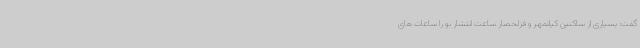
گفت: بسیاری از ساکنین کیانمهر و قزلحصار ساعت انتشار بو را ساعات های